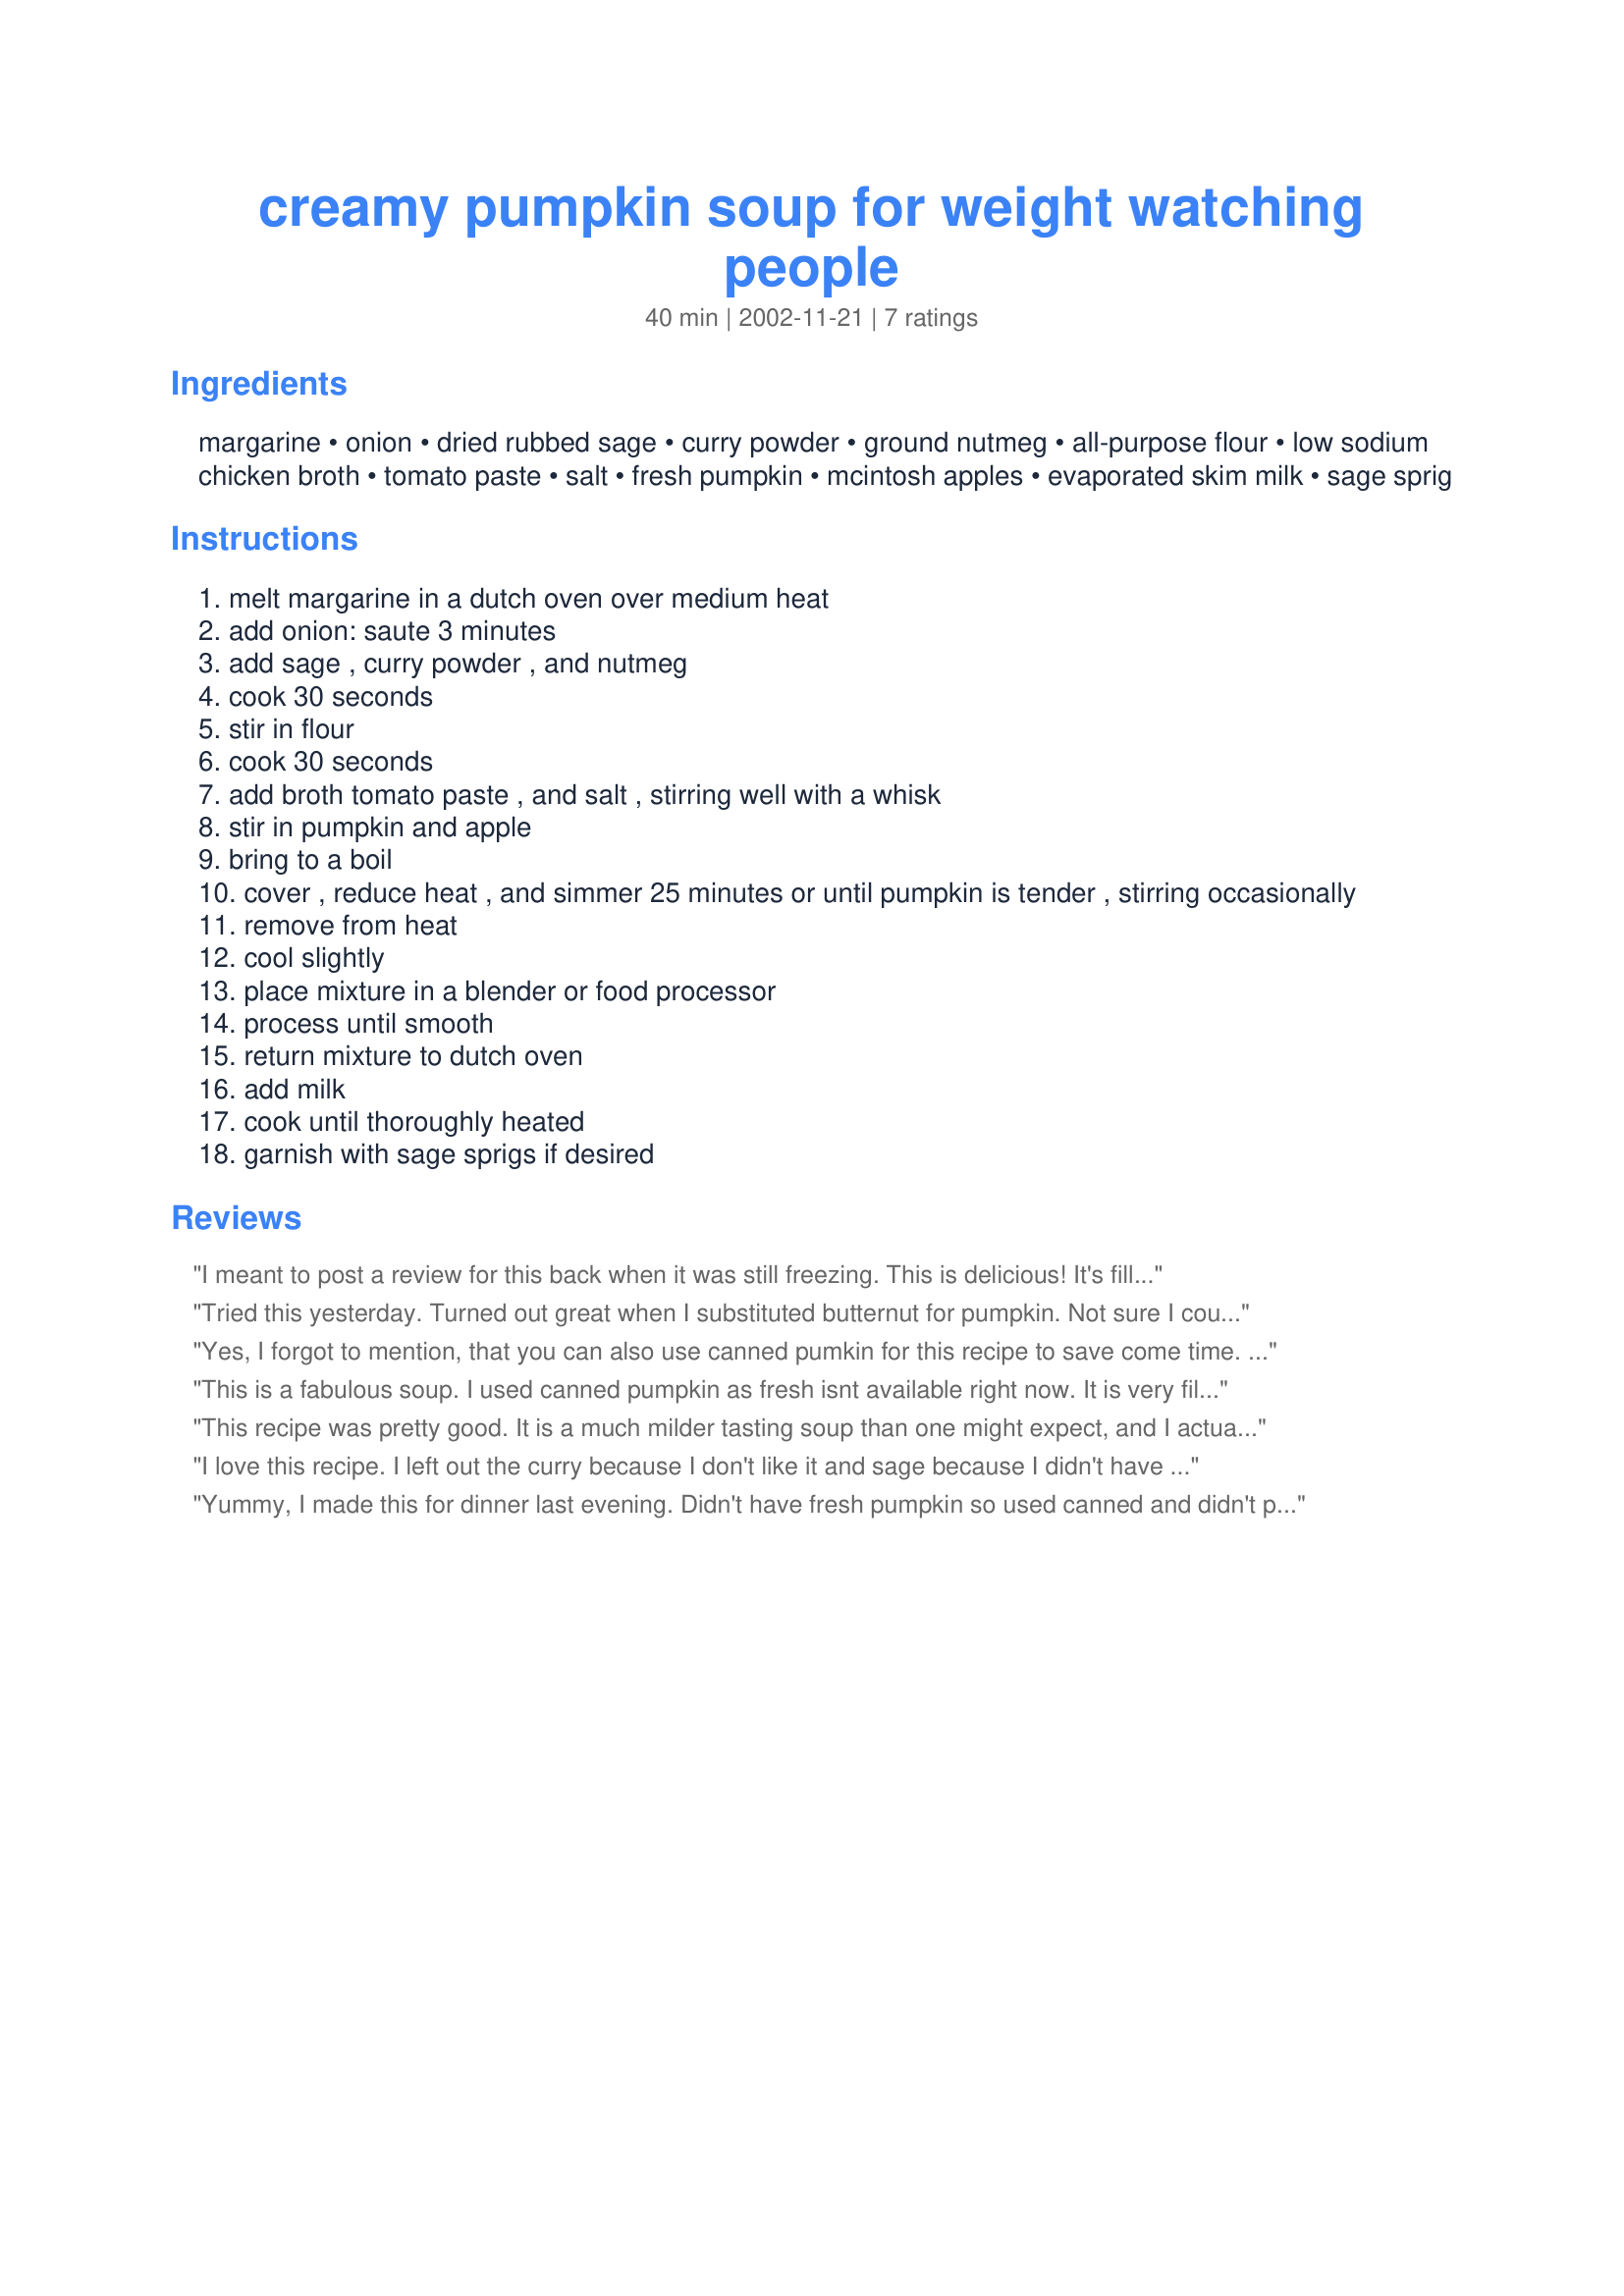
creamy pumpkin soup for weight watching people
Preparation time: 40 minutes

Ingredients:
margarine, onion, dried rubbed sage, curry powder, ground nutmeg, all-purpose flour, low sodium chicken broth, tomato paste, salt, fresh pumpkin, mcintosh apples, evaporated skim milk, sage sprig

Steps:
melt margarine in a dutch oven over medium heat
add onion: saute 3 minutes
add sage , curry powder , and nutmeg
cook 30 seconds
stir in flour
cook 30 seconds
add broth tomato paste , and salt , stirring well with a whisk
stir in pumpkin and apple
bring to a boil
cover , reduce heat , and simmer 25 minutes or until pumpkin is tender , stirring occasionally
remove from heat
cool slightly
place mixture in a blender or food processor
process until smooth
return mixture to dutch oven
add milk
cook until thoroughly heated
garnish with sage sprigs if desired

Reviews:
I meant to post a review for this back when it was still freezing. This is delicious! It's filling and takes the chill right out of your bones. It's a little to heavy for this time of year (spring), but still good to make on the freak days when it suddenly drops back to winter temps.
Tried this yesterday. Turned out great when I substituted butternut for pumpkin. Not sure I could tast the sage, however, with the other flavours
Yes, I forgot to mention, that you can also use canned pumkin for this recipe to save come time. (I dont have canned pumpkin in my country) I have also experement with canned squash. It's baking now, so if its any good, I will post the recipe here. If not, don't go looking for it. Love you guys!
This is a fabulous soup. I used canned pumpkin as fresh isnt available right now. It is very filling and has a unique flavor that Ive never had before. Thanks for the recipe. I will be making this again in the winter.
This recipe was pretty good. It is a much milder tasting soup than one might expect, and I actually ended up doubling the spices to 'kick it up' just a bit. Overall it was a great soup considering the nutritionals.
I love this recipe. I left out the curry because I don't like it and sage because I didn't have any, but I added cinnamon. It was delicious. Thanks!
Yummy, I made this for dinner last evening. Didn't have fresh pumpkin so used canned and didn't put in the blender as we like a chunky soup ,soooo left the apple chunky. Very good. Served with a baby green salad.
